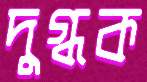
দুগ্ধক